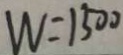
W = 1 5 0 0